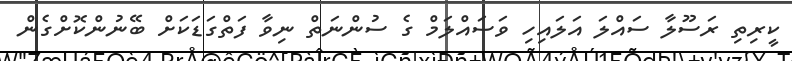
ކީރިތި ރަސޫލާ ސައްލަ އަލައިހި ވަސައްލަމް ގެ ސުންނަތް ނިވާ ފަތްގަޑަކަށް ބޭނުންކޮށްގެން